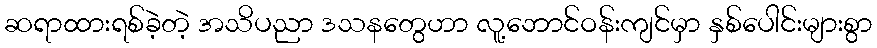
ဆရာထားရစ်ခဲ့တဲ့ အသိပညာ ဒသနတွေဟာ လူ့ဘောင်ဝန်းကျင်မှာ နှစ်ပေါင်းများစွာ